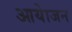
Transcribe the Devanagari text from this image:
आयेाजन